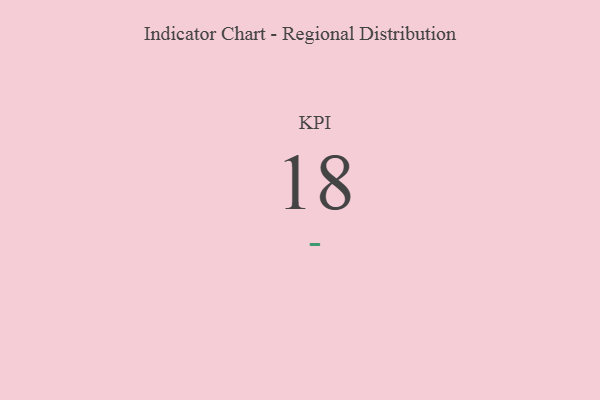
{"axis": {"x": "KPI", "y": "Value"}, "legend": [""], "data": [{"x": "KPI", "y": 18, "type": ""}]}